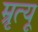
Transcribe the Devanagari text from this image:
म्रृत्यू